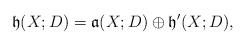
LaTeX: \begin{align*}\mathfrak{h}(X;D) = \mathfrak{a}(X;D) \oplus \mathfrak{h'} (X;D),\end{align*}